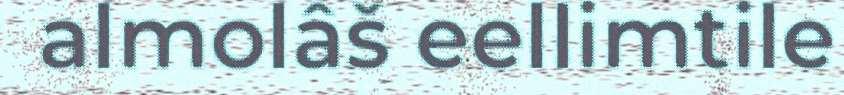
almolâš eellimtile